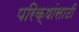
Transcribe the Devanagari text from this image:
परिक्षांसाठी